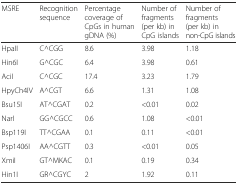
<table><thead><tr><td><b>MSRE</b></td><td><b>Recognition sequence</b></td><td><b>Percentage coverage of CpGs in human gDNA (%)</b></td><td><b>Number of fragments (per kb) in CpG islands</b></td><td><b>Number of fragments (per kb) in non-CpG islands</b></td></tr></thead><tbody><tr><td>HpaII</td><td>C^CGG</td><td>8.6</td><td>3.98</td><td>1.18</td></tr><tr><td>Hin6I</td><td>G^CGC</td><td>6.4</td><td>3.98</td><td>0.61</td></tr><tr><td>AciI</td><td>C^CGC</td><td>17.4</td><td>3.23</td><td>1.79</td></tr><tr><td>HpyCh4IV</td><td>A^CGT</td><td>6.6</td><td>1.31</td><td>1.08</td></tr><tr><td>Bsu15I</td><td>AT^CGAT</td><td>0.2</td><td>&lt;0.01</td><td>0.02</td></tr><tr><td>NarI</td><td>GG^CGCC</td><td>0.6</td><td>1.08</td><td>&lt;0.01</td></tr><tr><td>Bsp119I</td><td>TT^CGAA</td><td>0.1</td><td>0.11</td><td>&lt;0.01</td></tr><tr><td>Psp1406I</td><td>AA^CGTT</td><td>0.3</td><td>&lt;0.01</td><td>0.05</td></tr><tr><td>XmiI</td><td>GT^MKAC</td><td>0.1</td><td>0.19</td><td>0.34</td></tr><tr><td>Hin1I</td><td>GR^CGYC</td><td>2</td><td>1.92</td><td>0.11</td></tr></tbody></table>